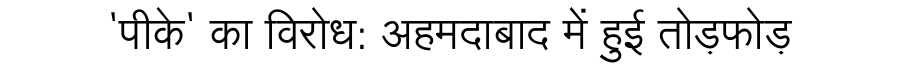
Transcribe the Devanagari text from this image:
'पीके' का विरोध: अहमदाबाद में हुई तोड़फोड़